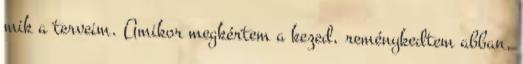
mik a terveim. Amikor megkértem a kezed, reménykedtem abban,